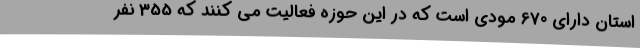
استان دارای 670 مودی است که در این حوزه فعالیت می کنند که 355 نفر